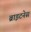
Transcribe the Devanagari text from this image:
ब्राइटनेस